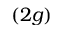
( 2 g )